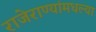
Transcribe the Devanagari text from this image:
राजेराण्यांमधल्या